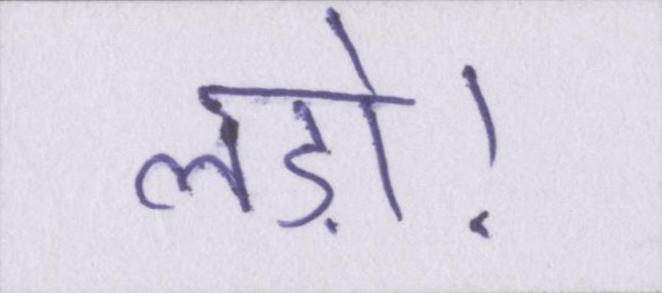
लड़ो।